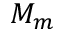
M _ { m }